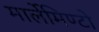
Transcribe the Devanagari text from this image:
मार्लेमिण्टो